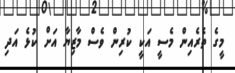
މީގެ ތެރެއިން މެސީ އަކީ ކުރިން ވެސް މާޒިޔާ އަށް ކުޅެ އަދި